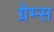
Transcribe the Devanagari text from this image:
ग्रेम्स